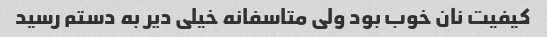
کیفیت نان خوب بود ولی متاسفانه خیلی دیر به دستم رسید